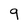
Character: 9